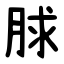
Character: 脙